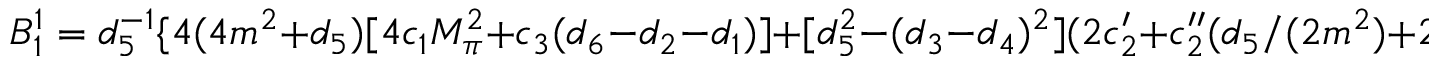
B _ { 1 } ^ { 1 } = d _ { 5 } ^ { - 1 } \{ 4 ( 4 m ^ { 2 } + d _ { 5 } ) [ 4 c _ { 1 } M _ { \pi } ^ { 2 } + c _ { 3 } ( d _ { 6 } - d _ { 2 } - d _ { 1 } ) ] + [ d _ { 5 } ^ { 2 } - ( d _ { 3 } - d _ { 4 } ) ^ { 2 } ] ( 2 c _ { 2 } ^ { \prime } + c _ { 2 } ^ { \prime \prime } ( d _ { 5 } / ( 2 m ^ { 2 } ) + 2 ) ] \} \, ,